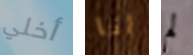
أخلي انا لم